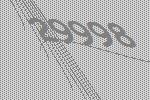
29998